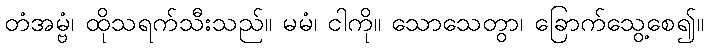
တံအမ္ဗံ၊ ထိုသရက်သီးသည်။ မမံ၊ ငါကို။ သောသေတွာ၊ ခြောက်သွေ့စေ၍။